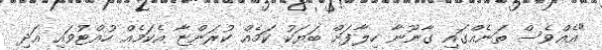
"އެއްވެސް ތަނެއްގައި ގާނޫނާ ހިލާފަށް ބަޔަކު ކަމެއް ކުރަންޏާ އެކަމެއް ހުއްޓުވައި އަދި